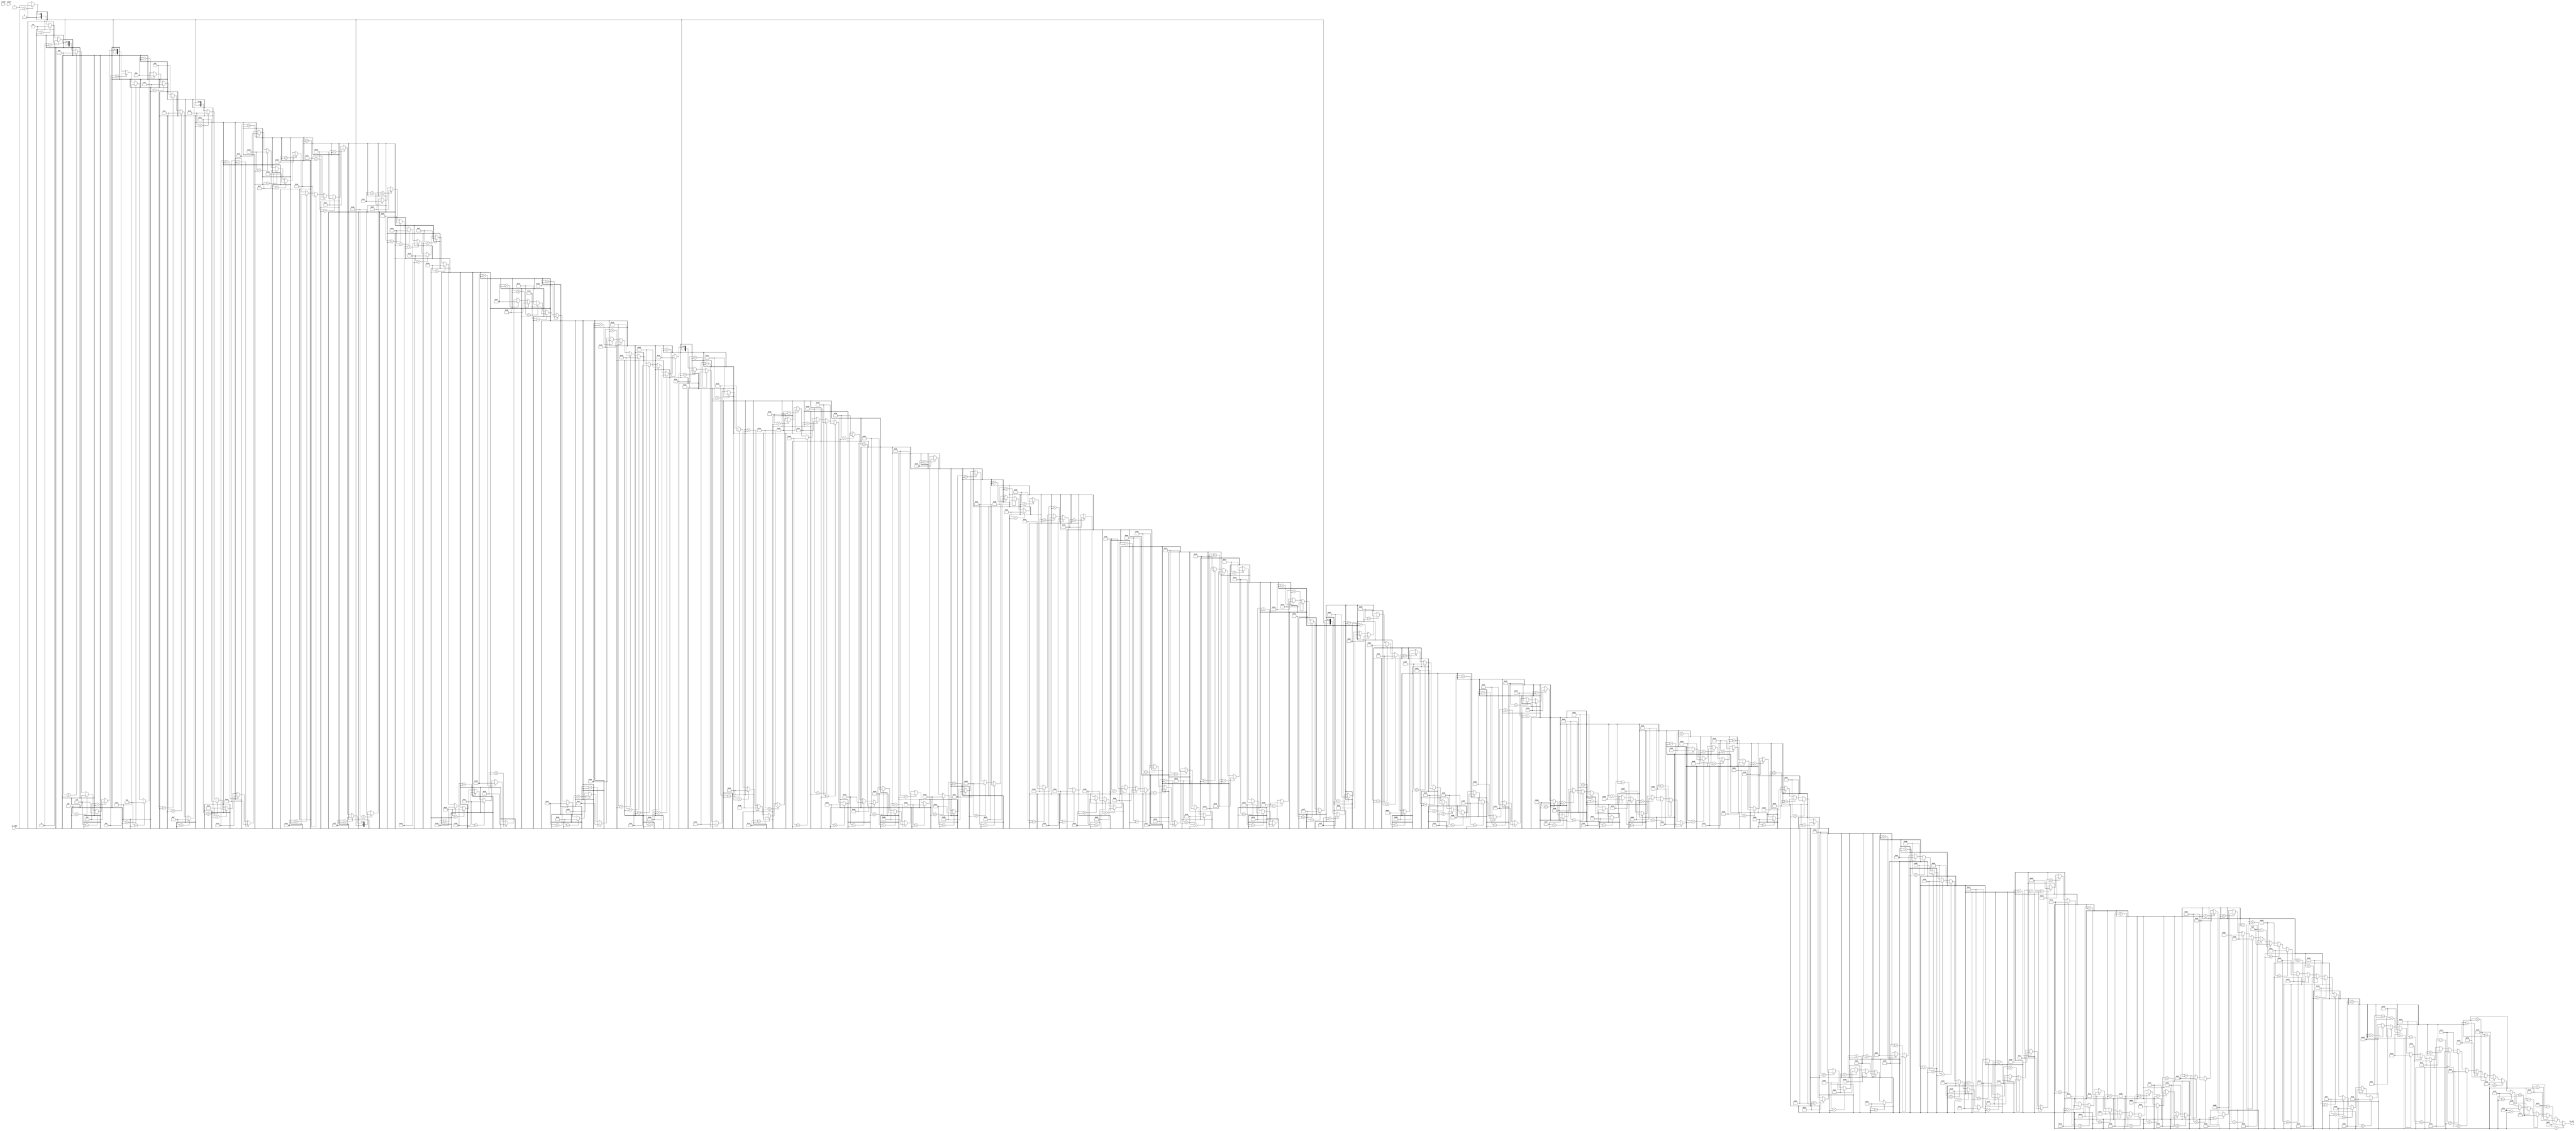
module Tbl(
  input        clock,
  input        reset,
  input  [7:0] io_addr,
  output [7:0] io_out
);
  wire [7:0] _GEN_1 = 8'h1 == io_addr ? 8'h1 : 8'h0; // @[Tbl.scala 12:10]
  wire [7:0] _GEN_2 = 8'h2 == io_addr ? 8'h2 : _GEN_1; // @[Tbl.scala 12:10]
  wire [7:0] _GEN_3 = 8'h3 == io_addr ? 8'h3 : _GEN_2; // @[Tbl.scala 12:10]
  wire [7:0] _GEN_4 = 8'h4 == io_addr ? 8'h4 : _GEN_3; // @[Tbl.scala 12:10]
  wire [7:0] _GEN_5 = 8'h5 == io_addr ? 8'h5 : _GEN_4; // @[Tbl.scala 12:10]
  wire [7:0] _GEN_6 = 8'h6 == io_addr ? 8'h6 : _GEN_5; // @[Tbl.scala 12:10]
  wire [7:0] _GEN_7 = 8'h7 == io_addr ? 8'h7 : _GEN_6; // @[Tbl.scala 12:10]
  wire [7:0] _GEN_8 = 8'h8 == io_addr ? 8'h8 : _GEN_7; // @[Tbl.scala 12:10]
  wire [7:0] _GEN_9 = 8'h9 == io_addr ? 8'h9 : _GEN_8; // @[Tbl.scala 12:10]
  wire [7:0] _GEN_10 = 8'ha == io_addr ? 8'ha : _GEN_9; // @[Tbl.scala 12:10]
  wire [7:0] _GEN_11 = 8'hb == io_addr ? 8'hb : _GEN_10; // @[Tbl.scala 12:10]
  wire [7:0] _GEN_12 = 8'hc == io_addr ? 8'hc : _GEN_11; // @[Tbl.scala 12:10]
  wire [7:0] _GEN_13 = 8'hd == io_addr ? 8'hd : _GEN_12; // @[Tbl.scala 12:10]
  wire [7:0] _GEN_14 = 8'he == io_addr ? 8'he : _GEN_13; // @[Tbl.scala 12:10]
  wire [7:0] _GEN_15 = 8'hf == io_addr ? 8'hf : _GEN_14; // @[Tbl.scala 12:10]
  wire [7:0] _GEN_16 = 8'h10 == io_addr ? 8'h10 : _GEN_15; // @[Tbl.scala 12:10]
  wire [7:0] _GEN_17 = 8'h11 == io_addr ? 8'h11 : _GEN_16; // @[Tbl.scala 12:10]
  wire [7:0] _GEN_18 = 8'h12 == io_addr ? 8'h12 : _GEN_17; // @[Tbl.scala 12:10]
  wire [7:0] _GEN_19 = 8'h13 == io_addr ? 8'h13 : _GEN_18; // @[Tbl.scala 12:10]
  wire [7:0] _GEN_20 = 8'h14 == io_addr ? 8'h14 : _GEN_19; // @[Tbl.scala 12:10]
  wire [7:0] _GEN_21 = 8'h15 == io_addr ? 8'h15 : _GEN_20; // @[Tbl.scala 12:10]
  wire [7:0] _GEN_22 = 8'h16 == io_addr ? 8'h16 : _GEN_21; // @[Tbl.scala 12:10]
  wire [7:0] _GEN_23 = 8'h17 == io_addr ? 8'h17 : _GEN_22; // @[Tbl.scala 12:10]
  wire [7:0] _GEN_24 = 8'h18 == io_addr ? 8'h18 : _GEN_23; // @[Tbl.scala 12:10]
  wire [7:0] _GEN_25 = 8'h19 == io_addr ? 8'h19 : _GEN_24; // @[Tbl.scala 12:10]
  wire [7:0] _GEN_26 = 8'h1a == io_addr ? 8'h1a : _GEN_25; // @[Tbl.scala 12:10]
  wire [7:0] _GEN_27 = 8'h1b == io_addr ? 8'h1b : _GEN_26; // @[Tbl.scala 12:10]
  wire [7:0] _GEN_28 = 8'h1c == io_addr ? 8'h1c : _GEN_27; // @[Tbl.scala 12:10]
  wire [7:0] _GEN_29 = 8'h1d == io_addr ? 8'h1d : _GEN_28; // @[Tbl.scala 12:10]
  wire [7:0] _GEN_30 = 8'h1e == io_addr ? 8'h1e : _GEN_29; // @[Tbl.scala 12:10]
  wire [7:0] _GEN_31 = 8'h1f == io_addr ? 8'h1f : _GEN_30; // @[Tbl.scala 12:10]
  wire [7:0] _GEN_32 = 8'h20 == io_addr ? 8'h20 : _GEN_31; // @[Tbl.scala 12:10]
  wire [7:0] _GEN_33 = 8'h21 == io_addr ? 8'h21 : _GEN_32; // @[Tbl.scala 12:10]
  wire [7:0] _GEN_34 = 8'h22 == io_addr ? 8'h22 : _GEN_33; // @[Tbl.scala 12:10]
  wire [7:0] _GEN_35 = 8'h23 == io_addr ? 8'h23 : _GEN_34; // @[Tbl.scala 12:10]
  wire [7:0] _GEN_36 = 8'h24 == io_addr ? 8'h24 : _GEN_35; // @[Tbl.scala 12:10]
  wire [7:0] _GEN_37 = 8'h25 == io_addr ? 8'h25 : _GEN_36; // @[Tbl.scala 12:10]
  wire [7:0] _GEN_38 = 8'h26 == io_addr ? 8'h26 : _GEN_37; // @[Tbl.scala 12:10]
  wire [7:0] _GEN_39 = 8'h27 == io_addr ? 8'h27 : _GEN_38; // @[Tbl.scala 12:10]
  wire [7:0] _GEN_40 = 8'h28 == io_addr ? 8'h28 : _GEN_39; // @[Tbl.scala 12:10]
  wire [7:0] _GEN_41 = 8'h29 == io_addr ? 8'h29 : _GEN_40; // @[Tbl.scala 12:10]
  wire [7:0] _GEN_42 = 8'h2a == io_addr ? 8'h2a : _GEN_41; // @[Tbl.scala 12:10]
  wire [7:0] _GEN_43 = 8'h2b == io_addr ? 8'h2b : _GEN_42; // @[Tbl.scala 12:10]
  wire [7:0] _GEN_44 = 8'h2c == io_addr ? 8'h2c : _GEN_43; // @[Tbl.scala 12:10]
  wire [7:0] _GEN_45 = 8'h2d == io_addr ? 8'h2d : _GEN_44; // @[Tbl.scala 12:10]
  wire [7:0] _GEN_46 = 8'h2e == io_addr ? 8'h2e : _GEN_45; // @[Tbl.scala 12:10]
  wire [7:0] _GEN_47 = 8'h2f == io_addr ? 8'h2f : _GEN_46; // @[Tbl.scala 12:10]
  wire [7:0] _GEN_48 = 8'h30 == io_addr ? 8'h30 : _GEN_47; // @[Tbl.scala 12:10]
  wire [7:0] _GEN_49 = 8'h31 == io_addr ? 8'h31 : _GEN_48; // @[Tbl.scala 12:10]
  wire [7:0] _GEN_50 = 8'h32 == io_addr ? 8'h32 : _GEN_49; // @[Tbl.scala 12:10]
  wire [7:0] _GEN_51 = 8'h33 == io_addr ? 8'h33 : _GEN_50; // @[Tbl.scala 12:10]
  wire [7:0] _GEN_52 = 8'h34 == io_addr ? 8'h34 : _GEN_51; // @[Tbl.scala 12:10]
  wire [7:0] _GEN_53 = 8'h35 == io_addr ? 8'h35 : _GEN_52; // @[Tbl.scala 12:10]
  wire [7:0] _GEN_54 = 8'h36 == io_addr ? 8'h36 : _GEN_53; // @[Tbl.scala 12:10]
  wire [7:0] _GEN_55 = 8'h37 == io_addr ? 8'h37 : _GEN_54; // @[Tbl.scala 12:10]
  wire [7:0] _GEN_56 = 8'h38 == io_addr ? 8'h38 : _GEN_55; // @[Tbl.scala 12:10]
  wire [7:0] _GEN_57 = 8'h39 == io_addr ? 8'h39 : _GEN_56; // @[Tbl.scala 12:10]
  wire [7:0] _GEN_58 = 8'h3a == io_addr ? 8'h3a : _GEN_57; // @[Tbl.scala 12:10]
  wire [7:0] _GEN_59 = 8'h3b == io_addr ? 8'h3b : _GEN_58; // @[Tbl.scala 12:10]
  wire [7:0] _GEN_60 = 8'h3c == io_addr ? 8'h3c : _GEN_59; // @[Tbl.scala 12:10]
  wire [7:0] _GEN_61 = 8'h3d == io_addr ? 8'h3d : _GEN_60; // @[Tbl.scala 12:10]
  wire [7:0] _GEN_62 = 8'h3e == io_addr ? 8'h3e : _GEN_61; // @[Tbl.scala 12:10]
  wire [7:0] _GEN_63 = 8'h3f == io_addr ? 8'h3f : _GEN_62; // @[Tbl.scala 12:10]
  wire [7:0] _GEN_64 = 8'h40 == io_addr ? 8'h40 : _GEN_63; // @[Tbl.scala 12:10]
  wire [7:0] _GEN_65 = 8'h41 == io_addr ? 8'h41 : _GEN_64; // @[Tbl.scala 12:10]
  wire [7:0] _GEN_66 = 8'h42 == io_addr ? 8'h42 : _GEN_65; // @[Tbl.scala 12:10]
  wire [7:0] _GEN_67 = 8'h43 == io_addr ? 8'h43 : _GEN_66; // @[Tbl.scala 12:10]
  wire [7:0] _GEN_68 = 8'h44 == io_addr ? 8'h44 : _GEN_67; // @[Tbl.scala 12:10]
  wire [7:0] _GEN_69 = 8'h45 == io_addr ? 8'h45 : _GEN_68; // @[Tbl.scala 12:10]
  wire [7:0] _GEN_70 = 8'h46 == io_addr ? 8'h46 : _GEN_69; // @[Tbl.scala 12:10]
  wire [7:0] _GEN_71 = 8'h47 == io_addr ? 8'h47 : _GEN_70; // @[Tbl.scala 12:10]
  wire [7:0] _GEN_72 = 8'h48 == io_addr ? 8'h48 : _GEN_71; // @[Tbl.scala 12:10]
  wire [7:0] _GEN_73 = 8'h49 == io_addr ? 8'h49 : _GEN_72; // @[Tbl.scala 12:10]
  wire [7:0] _GEN_74 = 8'h4a == io_addr ? 8'h4a : _GEN_73; // @[Tbl.scala 12:10]
  wire [7:0] _GEN_75 = 8'h4b == io_addr ? 8'h4b : _GEN_74; // @[Tbl.scala 12:10]
  wire [7:0] _GEN_76 = 8'h4c == io_addr ? 8'h4c : _GEN_75; // @[Tbl.scala 12:10]
  wire [7:0] _GEN_77 = 8'h4d == io_addr ? 8'h4d : _GEN_76; // @[Tbl.scala 12:10]
  wire [7:0] _GEN_78 = 8'h4e == io_addr ? 8'h4e : _GEN_77; // @[Tbl.scala 12:10]
  wire [7:0] _GEN_79 = 8'h4f == io_addr ? 8'h4f : _GEN_78; // @[Tbl.scala 12:10]
  wire [7:0] _GEN_80 = 8'h50 == io_addr ? 8'h50 : _GEN_79; // @[Tbl.scala 12:10]
  wire [7:0] _GEN_81 = 8'h51 == io_addr ? 8'h51 : _GEN_80; // @[Tbl.scala 12:10]
  wire [7:0] _GEN_82 = 8'h52 == io_addr ? 8'h52 : _GEN_81; // @[Tbl.scala 12:10]
  wire [7:0] _GEN_83 = 8'h53 == io_addr ? 8'h53 : _GEN_82; // @[Tbl.scala 12:10]
  wire [7:0] _GEN_84 = 8'h54 == io_addr ? 8'h54 : _GEN_83; // @[Tbl.scala 12:10]
  wire [7:0] _GEN_85 = 8'h55 == io_addr ? 8'h55 : _GEN_84; // @[Tbl.scala 12:10]
  wire [7:0] _GEN_86 = 8'h56 == io_addr ? 8'h56 : _GEN_85; // @[Tbl.scala 12:10]
  wire [7:0] _GEN_87 = 8'h57 == io_addr ? 8'h57 : _GEN_86; // @[Tbl.scala 12:10]
  wire [7:0] _GEN_88 = 8'h58 == io_addr ? 8'h58 : _GEN_87; // @[Tbl.scala 12:10]
  wire [7:0] _GEN_89 = 8'h59 == io_addr ? 8'h59 : _GEN_88; // @[Tbl.scala 12:10]
  wire [7:0] _GEN_90 = 8'h5a == io_addr ? 8'h5a : _GEN_89; // @[Tbl.scala 12:10]
  wire [7:0] _GEN_91 = 8'h5b == io_addr ? 8'h5b : _GEN_90; // @[Tbl.scala 12:10]
  wire [7:0] _GEN_92 = 8'h5c == io_addr ? 8'h5c : _GEN_91; // @[Tbl.scala 12:10]
  wire [7:0] _GEN_93 = 8'h5d == io_addr ? 8'h5d : _GEN_92; // @[Tbl.scala 12:10]
  wire [7:0] _GEN_94 = 8'h5e == io_addr ? 8'h5e : _GEN_93; // @[Tbl.scala 12:10]
  wire [7:0] _GEN_95 = 8'h5f == io_addr ? 8'h5f : _GEN_94; // @[Tbl.scala 12:10]
  wire [7:0] _GEN_96 = 8'h60 == io_addr ? 8'h60 : _GEN_95; // @[Tbl.scala 12:10]
  wire [7:0] _GEN_97 = 8'h61 == io_addr ? 8'h61 : _GEN_96; // @[Tbl.scala 12:10]
  wire [7:0] _GEN_98 = 8'h62 == io_addr ? 8'h62 : _GEN_97; // @[Tbl.scala 12:10]
  wire [7:0] _GEN_99 = 8'h63 == io_addr ? 8'h63 : _GEN_98; // @[Tbl.scala 12:10]
  wire [7:0] _GEN_100 = 8'h64 == io_addr ? 8'h64 : _GEN_99; // @[Tbl.scala 12:10]
  wire [7:0] _GEN_101 = 8'h65 == io_addr ? 8'h65 : _GEN_100; // @[Tbl.scala 12:10]
  wire [7:0] _GEN_102 = 8'h66 == io_addr ? 8'h66 : _GEN_101; // @[Tbl.scala 12:10]
  wire [7:0] _GEN_103 = 8'h67 == io_addr ? 8'h67 : _GEN_102; // @[Tbl.scala 12:10]
  wire [7:0] _GEN_104 = 8'h68 == io_addr ? 8'h68 : _GEN_103; // @[Tbl.scala 12:10]
  wire [7:0] _GEN_105 = 8'h69 == io_addr ? 8'h69 : _GEN_104; // @[Tbl.scala 12:10]
  wire [7:0] _GEN_106 = 8'h6a == io_addr ? 8'h6a : _GEN_105; // @[Tbl.scala 12:10]
  wire [7:0] _GEN_107 = 8'h6b == io_addr ? 8'h6b : _GEN_106; // @[Tbl.scala 12:10]
  wire [7:0] _GEN_108 = 8'h6c == io_addr ? 8'h6c : _GEN_107; // @[Tbl.scala 12:10]
  wire [7:0] _GEN_109 = 8'h6d == io_addr ? 8'h6d : _GEN_108; // @[Tbl.scala 12:10]
  wire [7:0] _GEN_110 = 8'h6e == io_addr ? 8'h6e : _GEN_109; // @[Tbl.scala 12:10]
  wire [7:0] _GEN_111 = 8'h6f == io_addr ? 8'h6f : _GEN_110; // @[Tbl.scala 12:10]
  wire [7:0] _GEN_112 = 8'h70 == io_addr ? 8'h70 : _GEN_111; // @[Tbl.scala 12:10]
  wire [7:0] _GEN_113 = 8'h71 == io_addr ? 8'h71 : _GEN_112; // @[Tbl.scala 12:10]
  wire [7:0] _GEN_114 = 8'h72 == io_addr ? 8'h72 : _GEN_113; // @[Tbl.scala 12:10]
  wire [7:0] _GEN_115 = 8'h73 == io_addr ? 8'h73 : _GEN_114; // @[Tbl.scala 12:10]
  wire [7:0] _GEN_116 = 8'h74 == io_addr ? 8'h74 : _GEN_115; // @[Tbl.scala 12:10]
  wire [7:0] _GEN_117 = 8'h75 == io_addr ? 8'h75 : _GEN_116; // @[Tbl.scala 12:10]
  wire [7:0] _GEN_118 = 8'h76 == io_addr ? 8'h76 : _GEN_117; // @[Tbl.scala 12:10]
  wire [7:0] _GEN_119 = 8'h77 == io_addr ? 8'h77 : _GEN_118; // @[Tbl.scala 12:10]
  wire [7:0] _GEN_120 = 8'h78 == io_addr ? 8'h78 : _GEN_119; // @[Tbl.scala 12:10]
  wire [7:0] _GEN_121 = 8'h79 == io_addr ? 8'h79 : _GEN_120; // @[Tbl.scala 12:10]
  wire [7:0] _GEN_122 = 8'h7a == io_addr ? 8'h7a : _GEN_121; // @[Tbl.scala 12:10]
  wire [7:0] _GEN_123 = 8'h7b == io_addr ? 8'h7b : _GEN_122; // @[Tbl.scala 12:10]
  wire [7:0] _GEN_124 = 8'h7c == io_addr ? 8'h7c : _GEN_123; // @[Tbl.scala 12:10]
  wire [7:0] _GEN_125 = 8'h7d == io_addr ? 8'h7d : _GEN_124; // @[Tbl.scala 12:10]
  wire [7:0] _GEN_126 = 8'h7e == io_addr ? 8'h7e : _GEN_125; // @[Tbl.scala 12:10]
  wire [7:0] _GEN_127 = 8'h7f == io_addr ? 8'h7f : _GEN_126; // @[Tbl.scala 12:10]
  wire [7:0] _GEN_128 = 8'h80 == io_addr ? 8'h80 : _GEN_127; // @[Tbl.scala 12:10]
  wire [7:0] _GEN_129 = 8'h81 == io_addr ? 8'h81 : _GEN_128; // @[Tbl.scala 12:10]
  wire [7:0] _GEN_130 = 8'h82 == io_addr ? 8'h82 : _GEN_129; // @[Tbl.scala 12:10]
  wire [7:0] _GEN_131 = 8'h83 == io_addr ? 8'h83 : _GEN_130; // @[Tbl.scala 12:10]
  wire [7:0] _GEN_132 = 8'h84 == io_addr ? 8'h84 : _GEN_131; // @[Tbl.scala 12:10]
  wire [7:0] _GEN_133 = 8'h85 == io_addr ? 8'h85 : _GEN_132; // @[Tbl.scala 12:10]
  wire [7:0] _GEN_134 = 8'h86 == io_addr ? 8'h86 : _GEN_133; // @[Tbl.scala 12:10]
  wire [7:0] _GEN_135 = 8'h87 == io_addr ? 8'h87 : _GEN_134; // @[Tbl.scala 12:10]
  wire [7:0] _GEN_136 = 8'h88 == io_addr ? 8'h88 : _GEN_135; // @[Tbl.scala 12:10]
  wire [7:0] _GEN_137 = 8'h89 == io_addr ? 8'h89 : _GEN_136; // @[Tbl.scala 12:10]
  wire [7:0] _GEN_138 = 8'h8a == io_addr ? 8'h8a : _GEN_137; // @[Tbl.scala 12:10]
  wire [7:0] _GEN_139 = 8'h8b == io_addr ? 8'h8b : _GEN_138; // @[Tbl.scala 12:10]
  wire [7:0] _GEN_140 = 8'h8c == io_addr ? 8'h8c : _GEN_139; // @[Tbl.scala 12:10]
  wire [7:0] _GEN_141 = 8'h8d == io_addr ? 8'h8d : _GEN_140; // @[Tbl.scala 12:10]
  wire [7:0] _GEN_142 = 8'h8e == io_addr ? 8'h8e : _GEN_141; // @[Tbl.scala 12:10]
  wire [7:0] _GEN_143 = 8'h8f == io_addr ? 8'h8f : _GEN_142; // @[Tbl.scala 12:10]
  wire [7:0] _GEN_144 = 8'h90 == io_addr ? 8'h90 : _GEN_143; // @[Tbl.scala 12:10]
  wire [7:0] _GEN_145 = 8'h91 == io_addr ? 8'h91 : _GEN_144; // @[Tbl.scala 12:10]
  wire [7:0] _GEN_146 = 8'h92 == io_addr ? 8'h92 : _GEN_145; // @[Tbl.scala 12:10]
  wire [7:0] _GEN_147 = 8'h93 == io_addr ? 8'h93 : _GEN_146; // @[Tbl.scala 12:10]
  wire [7:0] _GEN_148 = 8'h94 == io_addr ? 8'h94 : _GEN_147; // @[Tbl.scala 12:10]
  wire [7:0] _GEN_149 = 8'h95 == io_addr ? 8'h95 : _GEN_148; // @[Tbl.scala 12:10]
  wire [7:0] _GEN_150 = 8'h96 == io_addr ? 8'h96 : _GEN_149; // @[Tbl.scala 12:10]
  wire [7:0] _GEN_151 = 8'h97 == io_addr ? 8'h97 : _GEN_150; // @[Tbl.scala 12:10]
  wire [7:0] _GEN_152 = 8'h98 == io_addr ? 8'h98 : _GEN_151; // @[Tbl.scala 12:10]
  wire [7:0] _GEN_153 = 8'h99 == io_addr ? 8'h99 : _GEN_152; // @[Tbl.scala 12:10]
  wire [7:0] _GEN_154 = 8'h9a == io_addr ? 8'h9a : _GEN_153; // @[Tbl.scala 12:10]
  wire [7:0] _GEN_155 = 8'h9b == io_addr ? 8'h9b : _GEN_154; // @[Tbl.scala 12:10]
  wire [7:0] _GEN_156 = 8'h9c == io_addr ? 8'h9c : _GEN_155; // @[Tbl.scala 12:10]
  wire [7:0] _GEN_157 = 8'h9d == io_addr ? 8'h9d : _GEN_156; // @[Tbl.scala 12:10]
  wire [7:0] _GEN_158 = 8'h9e == io_addr ? 8'h9e : _GEN_157; // @[Tbl.scala 12:10]
  wire [7:0] _GEN_159 = 8'h9f == io_addr ? 8'h9f : _GEN_158; // @[Tbl.scala 12:10]
  wire [7:0] _GEN_160 = 8'ha0 == io_addr ? 8'ha0 : _GEN_159; // @[Tbl.scala 12:10]
  wire [7:0] _GEN_161 = 8'ha1 == io_addr ? 8'ha1 : _GEN_160; // @[Tbl.scala 12:10]
  wire [7:0] _GEN_162 = 8'ha2 == io_addr ? 8'ha2 : _GEN_161; // @[Tbl.scala 12:10]
  wire [7:0] _GEN_163 = 8'ha3 == io_addr ? 8'ha3 : _GEN_162; // @[Tbl.scala 12:10]
  wire [7:0] _GEN_164 = 8'ha4 == io_addr ? 8'ha4 : _GEN_163; // @[Tbl.scala 12:10]
  wire [7:0] _GEN_165 = 8'ha5 == io_addr ? 8'ha5 : _GEN_164; // @[Tbl.scala 12:10]
  wire [7:0] _GEN_166 = 8'ha6 == io_addr ? 8'ha6 : _GEN_165; // @[Tbl.scala 12:10]
  wire [7:0] _GEN_167 = 8'ha7 == io_addr ? 8'ha7 : _GEN_166; // @[Tbl.scala 12:10]
  wire [7:0] _GEN_168 = 8'ha8 == io_addr ? 8'ha8 : _GEN_167; // @[Tbl.scala 12:10]
  wire [7:0] _GEN_169 = 8'ha9 == io_addr ? 8'ha9 : _GEN_168; // @[Tbl.scala 12:10]
  wire [7:0] _GEN_170 = 8'haa == io_addr ? 8'haa : _GEN_169; // @[Tbl.scala 12:10]
  wire [7:0] _GEN_171 = 8'hab == io_addr ? 8'hab : _GEN_170; // @[Tbl.scala 12:10]
  wire [7:0] _GEN_172 = 8'hac == io_addr ? 8'hac : _GEN_171; // @[Tbl.scala 12:10]
  wire [7:0] _GEN_173 = 8'had == io_addr ? 8'had : _GEN_172; // @[Tbl.scala 12:10]
  wire [7:0] _GEN_174 = 8'hae == io_addr ? 8'hae : _GEN_173; // @[Tbl.scala 12:10]
  wire [7:0] _GEN_175 = 8'haf == io_addr ? 8'haf : _GEN_174; // @[Tbl.scala 12:10]
  wire [7:0] _GEN_176 = 8'hb0 == io_addr ? 8'hb0 : _GEN_175; // @[Tbl.scala 12:10]
  wire [7:0] _GEN_177 = 8'hb1 == io_addr ? 8'hb1 : _GEN_176; // @[Tbl.scala 12:10]
  wire [7:0] _GEN_178 = 8'hb2 == io_addr ? 8'hb2 : _GEN_177; // @[Tbl.scala 12:10]
  wire [7:0] _GEN_179 = 8'hb3 == io_addr ? 8'hb3 : _GEN_178; // @[Tbl.scala 12:10]
  wire [7:0] _GEN_180 = 8'hb4 == io_addr ? 8'hb4 : _GEN_179; // @[Tbl.scala 12:10]
  wire [7:0] _GEN_181 = 8'hb5 == io_addr ? 8'hb5 : _GEN_180; // @[Tbl.scala 12:10]
  wire [7:0] _GEN_182 = 8'hb6 == io_addr ? 8'hb6 : _GEN_181; // @[Tbl.scala 12:10]
  wire [7:0] _GEN_183 = 8'hb7 == io_addr ? 8'hb7 : _GEN_182; // @[Tbl.scala 12:10]
  wire [7:0] _GEN_184 = 8'hb8 == io_addr ? 8'hb8 : _GEN_183; // @[Tbl.scala 12:10]
  wire [7:0] _GEN_185 = 8'hb9 == io_addr ? 8'hb9 : _GEN_184; // @[Tbl.scala 12:10]
  wire [7:0] _GEN_186 = 8'hba == io_addr ? 8'hba : _GEN_185; // @[Tbl.scala 12:10]
  wire [7:0] _GEN_187 = 8'hbb == io_addr ? 8'hbb : _GEN_186; // @[Tbl.scala 12:10]
  wire [7:0] _GEN_188 = 8'hbc == io_addr ? 8'hbc : _GEN_187; // @[Tbl.scala 12:10]
  wire [7:0] _GEN_189 = 8'hbd == io_addr ? 8'hbd : _GEN_188; // @[Tbl.scala 12:10]
  wire [7:0] _GEN_190 = 8'hbe == io_addr ? 8'hbe : _GEN_189; // @[Tbl.scala 12:10]
  wire [7:0] _GEN_191 = 8'hbf == io_addr ? 8'hbf : _GEN_190; // @[Tbl.scala 12:10]
  wire [7:0] _GEN_192 = 8'hc0 == io_addr ? 8'hc0 : _GEN_191; // @[Tbl.scala 12:10]
  wire [7:0] _GEN_193 = 8'hc1 == io_addr ? 8'hc1 : _GEN_192; // @[Tbl.scala 12:10]
  wire [7:0] _GEN_194 = 8'hc2 == io_addr ? 8'hc2 : _GEN_193; // @[Tbl.scala 12:10]
  wire [7:0] _GEN_195 = 8'hc3 == io_addr ? 8'hc3 : _GEN_194; // @[Tbl.scala 12:10]
  wire [7:0] _GEN_196 = 8'hc4 == io_addr ? 8'hc4 : _GEN_195; // @[Tbl.scala 12:10]
  wire [7:0] _GEN_197 = 8'hc5 == io_addr ? 8'hc5 : _GEN_196; // @[Tbl.scala 12:10]
  wire [7:0] _GEN_198 = 8'hc6 == io_addr ? 8'hc6 : _GEN_197; // @[Tbl.scala 12:10]
  wire [7:0] _GEN_199 = 8'hc7 == io_addr ? 8'hc7 : _GEN_198; // @[Tbl.scala 12:10]
  wire [7:0] _GEN_200 = 8'hc8 == io_addr ? 8'hc8 : _GEN_199; // @[Tbl.scala 12:10]
  wire [7:0] _GEN_201 = 8'hc9 == io_addr ? 8'hc9 : _GEN_200; // @[Tbl.scala 12:10]
  wire [7:0] _GEN_202 = 8'hca == io_addr ? 8'hca : _GEN_201; // @[Tbl.scala 12:10]
  wire [7:0] _GEN_203 = 8'hcb == io_addr ? 8'hcb : _GEN_202; // @[Tbl.scala 12:10]
  wire [7:0] _GEN_204 = 8'hcc == io_addr ? 8'hcc : _GEN_203; // @[Tbl.scala 12:10]
  wire [7:0] _GEN_205 = 8'hcd == io_addr ? 8'hcd : _GEN_204; // @[Tbl.scala 12:10]
  wire [7:0] _GEN_206 = 8'hce == io_addr ? 8'hce : _GEN_205; // @[Tbl.scala 12:10]
  wire [7:0] _GEN_207 = 8'hcf == io_addr ? 8'hcf : _GEN_206; // @[Tbl.scala 12:10]
  wire [7:0] _GEN_208 = 8'hd0 == io_addr ? 8'hd0 : _GEN_207; // @[Tbl.scala 12:10]
  wire [7:0] _GEN_209 = 8'hd1 == io_addr ? 8'hd1 : _GEN_208; // @[Tbl.scala 12:10]
  wire [7:0] _GEN_210 = 8'hd2 == io_addr ? 8'hd2 : _GEN_209; // @[Tbl.scala 12:10]
  wire [7:0] _GEN_211 = 8'hd3 == io_addr ? 8'hd3 : _GEN_210; // @[Tbl.scala 12:10]
  wire [7:0] _GEN_212 = 8'hd4 == io_addr ? 8'hd4 : _GEN_211; // @[Tbl.scala 12:10]
  wire [7:0] _GEN_213 = 8'hd5 == io_addr ? 8'hd5 : _GEN_212; // @[Tbl.scala 12:10]
  wire [7:0] _GEN_214 = 8'hd6 == io_addr ? 8'hd6 : _GEN_213; // @[Tbl.scala 12:10]
  wire [7:0] _GEN_215 = 8'hd7 == io_addr ? 8'hd7 : _GEN_214; // @[Tbl.scala 12:10]
  wire [7:0] _GEN_216 = 8'hd8 == io_addr ? 8'hd8 : _GEN_215; // @[Tbl.scala 12:10]
  wire [7:0] _GEN_217 = 8'hd9 == io_addr ? 8'hd9 : _GEN_216; // @[Tbl.scala 12:10]
  wire [7:0] _GEN_218 = 8'hda == io_addr ? 8'hda : _GEN_217; // @[Tbl.scala 12:10]
  wire [7:0] _GEN_219 = 8'hdb == io_addr ? 8'hdb : _GEN_218; // @[Tbl.scala 12:10]
  wire [7:0] _GEN_220 = 8'hdc == io_addr ? 8'hdc : _GEN_219; // @[Tbl.scala 12:10]
  wire [7:0] _GEN_221 = 8'hdd == io_addr ? 8'hdd : _GEN_220; // @[Tbl.scala 12:10]
  wire [7:0] _GEN_222 = 8'hde == io_addr ? 8'hde : _GEN_221; // @[Tbl.scala 12:10]
  wire [7:0] _GEN_223 = 8'hdf == io_addr ? 8'hdf : _GEN_222; // @[Tbl.scala 12:10]
  wire [7:0] _GEN_224 = 8'he0 == io_addr ? 8'he0 : _GEN_223; // @[Tbl.scala 12:10]
  wire [7:0] _GEN_225 = 8'he1 == io_addr ? 8'he1 : _GEN_224; // @[Tbl.scala 12:10]
  wire [7:0] _GEN_226 = 8'he2 == io_addr ? 8'he2 : _GEN_225; // @[Tbl.scala 12:10]
  wire [7:0] _GEN_227 = 8'he3 == io_addr ? 8'he3 : _GEN_226; // @[Tbl.scala 12:10]
  wire [7:0] _GEN_228 = 8'he4 == io_addr ? 8'he4 : _GEN_227; // @[Tbl.scala 12:10]
  wire [7:0] _GEN_229 = 8'he5 == io_addr ? 8'he5 : _GEN_228; // @[Tbl.scala 12:10]
  wire [7:0] _GEN_230 = 8'he6 == io_addr ? 8'he6 : _GEN_229; // @[Tbl.scala 12:10]
  wire [7:0] _GEN_231 = 8'he7 == io_addr ? 8'he7 : _GEN_230; // @[Tbl.scala 12:10]
  wire [7:0] _GEN_232 = 8'he8 == io_addr ? 8'he8 : _GEN_231; // @[Tbl.scala 12:10]
  wire [7:0] _GEN_233 = 8'he9 == io_addr ? 8'he9 : _GEN_232; // @[Tbl.scala 12:10]
  wire [7:0] _GEN_234 = 8'hea == io_addr ? 8'hea : _GEN_233; // @[Tbl.scala 12:10]
  wire [7:0] _GEN_235 = 8'heb == io_addr ? 8'heb : _GEN_234; // @[Tbl.scala 12:10]
  wire [7:0] _GEN_236 = 8'hec == io_addr ? 8'hec : _GEN_235; // @[Tbl.scala 12:10]
  wire [7:0] _GEN_237 = 8'hed == io_addr ? 8'hed : _GEN_236; // @[Tbl.scala 12:10]
  wire [7:0] _GEN_238 = 8'hee == io_addr ? 8'hee : _GEN_237; // @[Tbl.scala 12:10]
  wire [7:0] _GEN_239 = 8'hef == io_addr ? 8'hef : _GEN_238; // @[Tbl.scala 12:10]
  wire [7:0] _GEN_240 = 8'hf0 == io_addr ? 8'hf0 : _GEN_239; // @[Tbl.scala 12:10]
  wire [7:0] _GEN_241 = 8'hf1 == io_addr ? 8'hf1 : _GEN_240; // @[Tbl.scala 12:10]
  wire [7:0] _GEN_242 = 8'hf2 == io_addr ? 8'hf2 : _GEN_241; // @[Tbl.scala 12:10]
  wire [7:0] _GEN_243 = 8'hf3 == io_addr ? 8'hf3 : _GEN_242; // @[Tbl.scala 12:10]
  wire [7:0] _GEN_244 = 8'hf4 == io_addr ? 8'hf4 : _GEN_243; // @[Tbl.scala 12:10]
  wire [7:0] _GEN_245 = 8'hf5 == io_addr ? 8'hf5 : _GEN_244; // @[Tbl.scala 12:10]
  wire [7:0] _GEN_246 = 8'hf6 == io_addr ? 8'hf6 : _GEN_245; // @[Tbl.scala 12:10]
  wire [7:0] _GEN_247 = 8'hf7 == io_addr ? 8'hf7 : _GEN_246; // @[Tbl.scala 12:10]
  wire [7:0] _GEN_248 = 8'hf8 == io_addr ? 8'hf8 : _GEN_247; // @[Tbl.scala 12:10]
  wire [7:0] _GEN_249 = 8'hf9 == io_addr ? 8'hf9 : _GEN_248; // @[Tbl.scala 12:10]
  wire [7:0] _GEN_250 = 8'hfa == io_addr ? 8'hfa : _GEN_249; // @[Tbl.scala 12:10]
  wire [7:0] _GEN_251 = 8'hfb == io_addr ? 8'hfb : _GEN_250; // @[Tbl.scala 12:10]
  wire [7:0] _GEN_252 = 8'hfc == io_addr ? 8'hfc : _GEN_251; // @[Tbl.scala 12:10]
  wire [7:0] _GEN_253 = 8'hfd == io_addr ? 8'hfd : _GEN_252; // @[Tbl.scala 12:10]
  wire [7:0] _GEN_254 = 8'hfe == io_addr ? 8'hfe : _GEN_253; // @[Tbl.scala 12:10]
  assign io_out = 8'hff == io_addr ? 8'hff : _GEN_254; // @[Tbl.scala 12:10]
endmodule